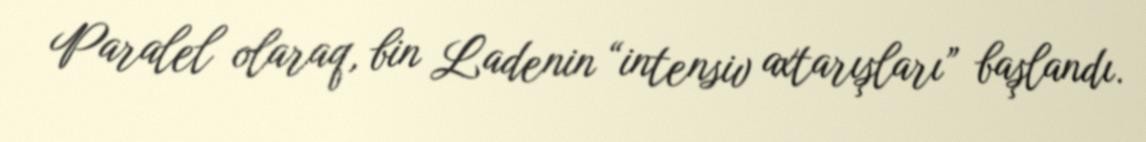
Paralel olaraq, bin Ladenin “intensiv axtarışları” başlandı.